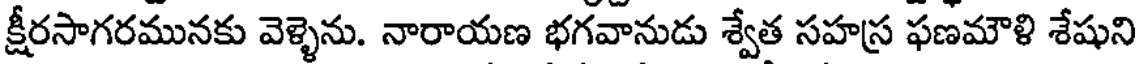
క్షీరసాగరమునకు వెళ్ళెను. నారాయణ భగవానుడు శ్వేత సహస్ర ఫణమౌళి శేషుని